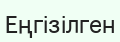
Еңгізілген